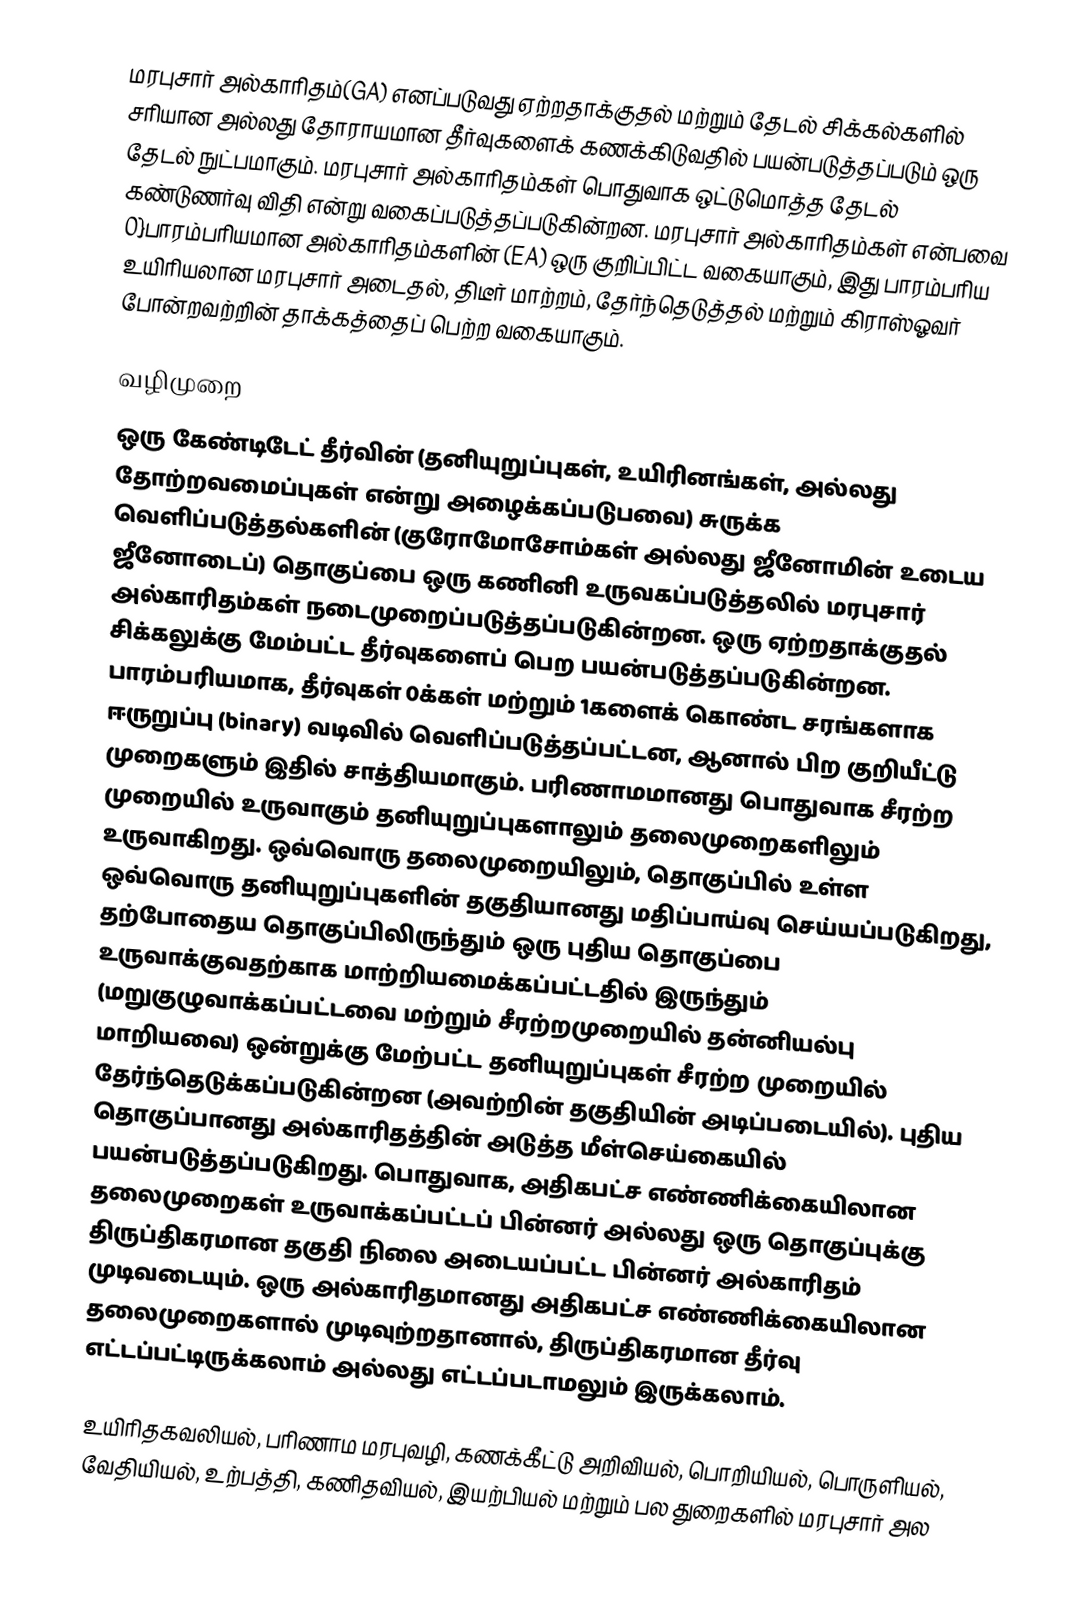
மரபுசார் அல்காரிதம்(GA) எனப்படுவது ஏற்றதாக்குதல் மற்றும் தேடல் சிக்கல்களில் சரியான அல்லது தோராயமான தீர்வுகளைக் கணக்கிடுவதில் பயன்படுத்தப்படும் ஒரு தேடல் நுட்பமாகும். மரபுசார் அல்காரிதம்கள் பொதுவாக ஒட்டுமொத்த தேடல் கண்டுணர்வு விதி என்று வகைப்படுத்தப்படுகின்றன. மரபுசார் அல்காரிதம்கள் என்பவை 0}பாரம்பரியமான அல்காரிதம்களின் (EA) ஒரு குறிப்பிட்ட வகையாகும், இது பாரம்பரிய உயிரியலான மரபுசார் அடைதல், திடீர் மாற்றம், தேர்ந்தெடுத்தல் மற்றும் கிராஸ்ஓவர் போன்றவற்றின் தாக்கத்தைப் பெற்ற வகையாகும்.

வழிமுறை
ஒரு கேண்டிடேட் தீர்வின் (தனியுறுப்புகள், உயிரினங்கள், அல்லது தோற்றவமைப்புகள் என்று அழைக்கப்படுபவை) சுருக்க வெளிப்படுத்தல்களின் (குரோமோசோம்கள் அல்லது ஜீனோமின் உடைய ஜீனோடைப்) தொகுப்பை ஒரு கணினி உருவகப்படுத்தலில் மரபுசார் அல்காரிதம்கள் நடைமுறைப்படுத்தப்படுகின்றன. ஒரு ஏற்றதாக்குதல் சிக்கலுக்கு மேம்பட்ட தீர்வுகளைப் பெற பயன்படுத்தப்படுகின்றன. பாரம்பரியமாக, தீர்வுகள் 0க்கள் மற்றும் 1களைக் கொண்ட சரங்களாக ஈருறுப்பு (binary) வடிவில் வெளிப்படுத்தப்பட்டன, ஆனால் பிற குறியீட்டு முறைகளும் இதில் சாத்தியமாகும். பரிணாமமானது பொதுவாக சீரற்ற முறையில் உருவாகும் தனியுறுப்புகளாலும் தலைமுறைகளிலும் உருவாகிறது. ஒவ்வொரு தலைமுறையிலும், தொகுப்பில் உள்ள ஒவ்வொரு தனியுறுப்புகளின் தகுதியானது மதிப்பாய்வு செய்யப்படுகிறது, தற்போதைய தொகுப்பிலிருந்தும் ஒரு புதிய தொகுப்பை உருவாக்குவதற்காக மாற்றியமைக்கப்பட்டதில் இருந்தும் (மறுகுழுவாக்கப்பட்டவை மற்றும் சீரற்றமுறையில் தன்னியல்பு மாறியவை) ஒன்றுக்கு மேற்பட்ட தனியுறுப்புகள் சீரற்ற முறையில் தேர்ந்தெடுக்கப்படுகின்றன (அவற்றின் தகுதியின் அடிப்படையில்). புதிய தொகுப்பானது அல்காரிதத்தின் அடுத்த மீள்செய்கையில் பயன்படுத்தப்படுகிறது. பொதுவாக, அதிகபட்ச எண்ணிக்கையிலான தலைமுறைகள் உருவாக்கப்பட்டப் பின்னர் அல்லது ஒரு தொகுப்புக்கு திருப்திகரமான தகுதி நிலை அடையப்பட்ட பின்னர் அல்காரிதம் முடிவடையும். ஒரு அல்காரிதமானது அதிகபட்ச எண்ணிக்கையிலான தலைமுறைகளால் முடிவுற்றதானால், திருப்திகரமான தீர்வு எட்டப்பட்டிருக்கலாம் அல்லது எட்டப்படாமலும் இருக்கலாம்.

உயிரிதகவலியல், பரிணாம மரபுவழி, கணக்கீட்டு அறிவியல், பொறியியல், பொருளியல், வேதியியல், உற்பத்தி, கணிதவியல், இயற்பியல் மற்றும் பல துறைகளில் மரபுசார் அல